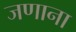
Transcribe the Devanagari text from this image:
जणाना